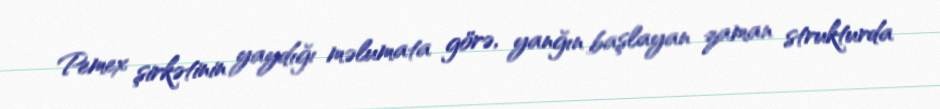
Pemex şirkətinin yaydığı məlumata görə, yanğın başlayan zaman strukturda